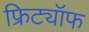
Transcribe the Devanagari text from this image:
फ्रिट्यॉफ